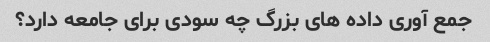
جمع آوری داده های بزرگ چه سودی برای جامعه دارد؟